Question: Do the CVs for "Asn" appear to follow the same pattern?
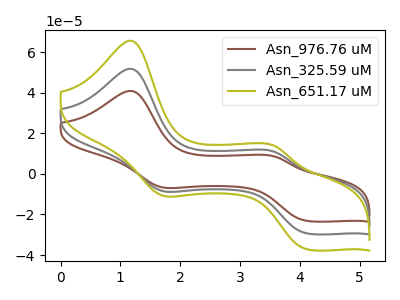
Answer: <think>The brown curve "Asn_976.76 uM" has anodic peaks at (1.15V, 103.65uA) (3.60V, 21.70uA) and cathodic peaks at (1.70V, -16.70uA) (4.15V, -58.85uA). The gray curve "Asn_325.59 uM" has anodic peaks at (1.15V, 51.85uA) (3.60V, 10.85uA) and cathodic peaks at (1.70V, -8.35uA) (4.15V, -29.45uA). The olive curve "Asn_651.17 uM" has anodic peaks at (1.15V, 65.65uA) (3.60V, 13.75uA) and cathodic peaks at (1.70V, -10.55uA) (4.15V, -37.30uA).
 All the peaks in "Asn_976.76 uM" have a peak in "Asn_325.59 uM" at the same potential. Every peak in "Asn_976.76 uM" is higher than every peak in "Asn_325.59 uM". All the peaks in "Asn_976.76 uM" have a peak in "Asn_651.17 uM" at the same potential. Every peak in "Asn_976.76 uM" is higher than every peak in "Asn_651.17 uM". All the peaks in "Asn_325.59 uM" have a peak in "Asn_651.17 uM" at the same potential. Every peak in "Asn_325.59 uM" is lower than every peak in "Asn_651.17 uM".</think>
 <answer>All the CV's of "Asn" have similar shape.</answer>
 <eval>follow_rule</eval>